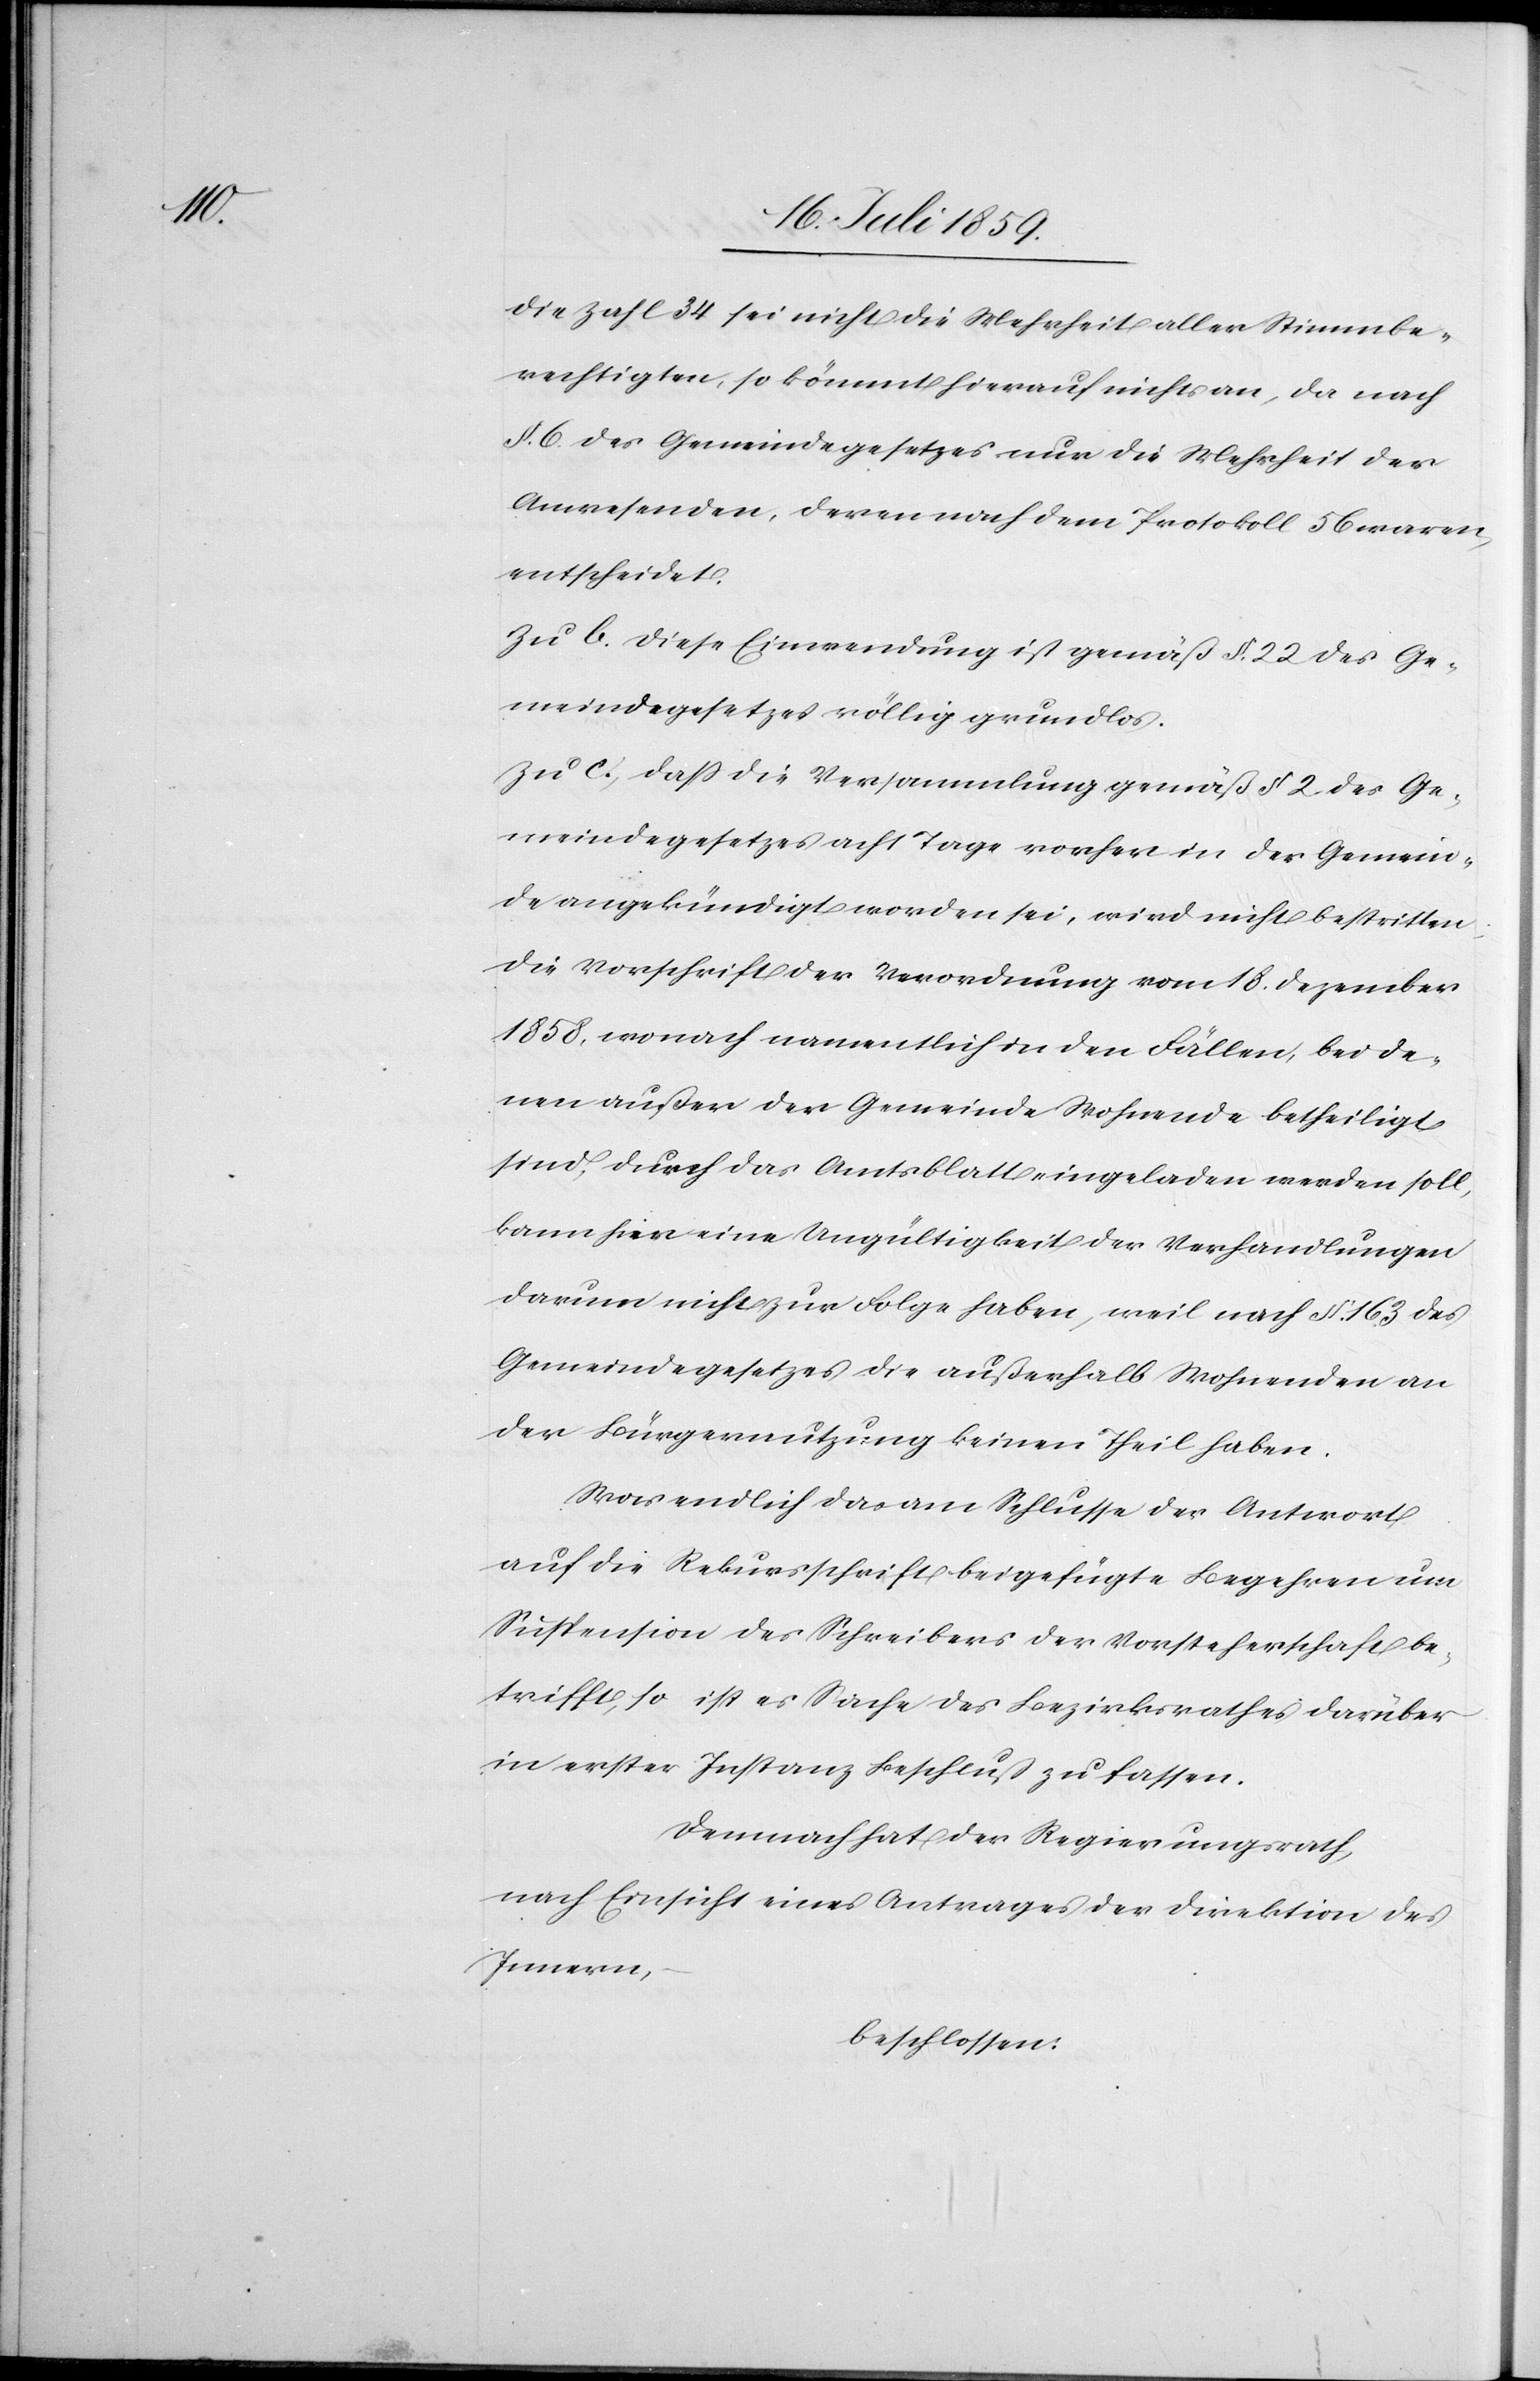
die Zahl 34 sei nicht die Mehrheit aller Stimmbe¬
rechtigen, so kömmt hierauf nichts an, da nach
§ 6. des Gemeindegesetzes nur die Mehrheit der
Anwesenden, deren nach dem Protokoll 56 waren,
entscheidet.
Zu b. Diese Einwendung ist gemäß § 22 des Ge¬
meindegesetzes völlig grundlos.
Zu c., daß die Versammlung gemäß § 2 des Ge¬
meindegesetzes acht Tage vorher in der Gemein¬
de angekündigt worden sei, wird nicht bestritten
die Vorschrift der Verordnung vom 18. Dezember
1858, wonach namentlich in den Fällen, bei de¬
nen außer der Gemeinde Wohnende betheiligt
sind, durch das Amtsblatt eingeladen werden soll,
kann hier eine Ungültigkeit der Verhandlungen
darum nicht zur Folge haben, weil nach § 163 des
Gemeindegesetzes die außerhalb Wohnenden an
der Bürgernutzung keinen Theil haben.
Was endlich das am Schlusse der Antwort
auf die Rekursfrist beigefügte Begehren um
Suspension des Schreibens der Vorsteherschaft be¬
trifft, so ist es Sache des Bezirksrathes darüber
in erster Instanz Beschluß zu fassen.
Demnach hat der Regierungsrath,
nach Einsicht eines Antrages der Direktion des
Innern,
beschlossen: